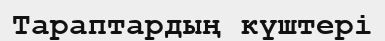
Тараптардың күштері